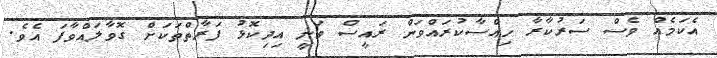
އެކަމެއް ވެސް ސަރުކާރާ ހިއްސާކުރައްވަން ރައީސް ވަނީ އިދިކޮޅު ފަރާތްތަކަށް ގޮވާލައްވާފަ އެވެ.